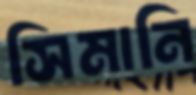
সিমানি